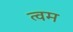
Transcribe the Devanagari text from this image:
त्वम